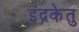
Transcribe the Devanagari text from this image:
इंद्रकेतु